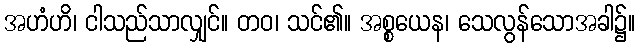
အဟံဟိ၊ ငါသည်သာလျှင်။ တဝ၊ သင်၏။ အစ္စယေန၊ သေလွန်သောအခါ၌။